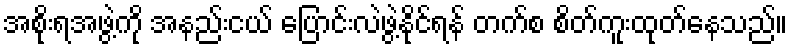
အစိုးရအဖွဲ့ကို အနည်းငယ် ပြောင်းလဲဖွဲ့နိုင်ရန် တက်စ စိတ်ကူးထုတ်နေသည်။